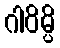
ဂါဝိမ္ပိ